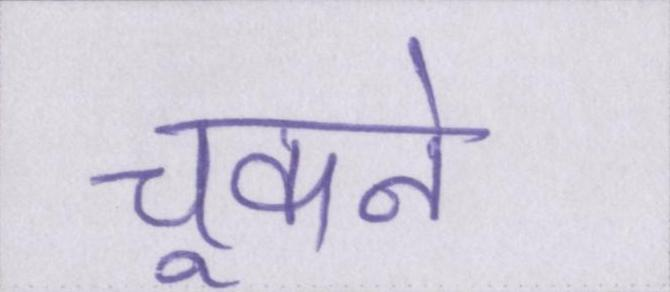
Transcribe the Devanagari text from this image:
चूकने